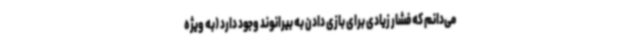
می‌دانم که فشار زیادی برای بازی دادن به بیرانوند وجود دارد (به ویژه